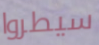
سيطروا